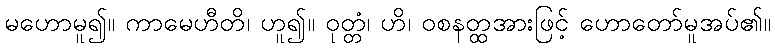
မဟောမူ၍။ ကာမေဟီတိ၊ ဟူ၍။ ဝုတ္တံ၊ ဟိ၊ ဝစနတ္ထအားဖြင့် ဟောတော်မူအပ်၏။